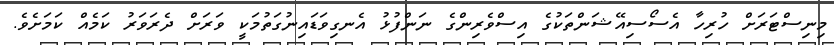
މިނިސްޓަރަށް ހުރިހާ އެސޯސިއޭޝަންތަކުގެ އިސްވެރިންގެ ނަންފުޅު އެނގިވަޑައިނުގަތުމަކީ ވަރަށް ދެރަވަރު ކަމެއް ކަމަށެވެ.